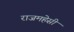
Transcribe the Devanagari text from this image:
राजमहेसी